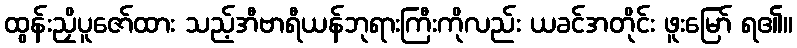
ထွန်းညှိပူဇော်ထား သည့်အီဗာရီယန်ဘုရားကြီးကိုလည်း ယခင်အတိုင်း ဖူးမြော် ရ၏။